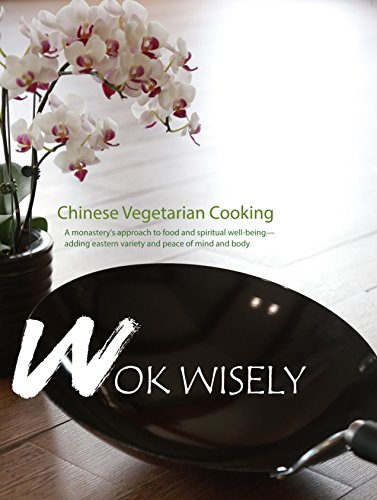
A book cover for Wok Wisely: Chinese Vegetarian Cooking; Dharma Realm Cookbook Team; Cookbooks, Food & Wine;